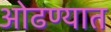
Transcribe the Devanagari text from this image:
ओढण्यात